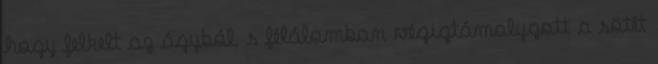
hogy felkelt az ágyból, s félálomban végigtámolygott a sötét